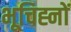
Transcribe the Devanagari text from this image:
भूचिह्नों